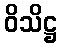
ဝိသိဋ္ဌ